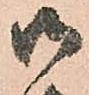
御